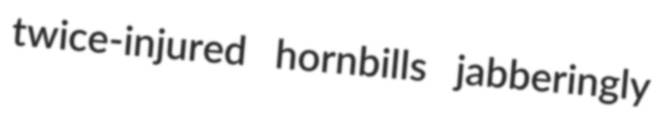
twice-injured hornbills jabberingly